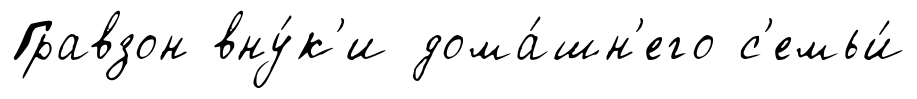
Гравзон вну́к'и дома́шн'его с'емьи́